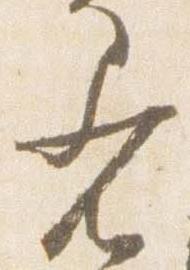
着